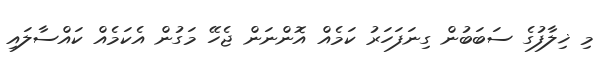
މި ޚިލާފުގެ ސަބަބުން ގިނަފަހަރު ކަމެއް އޮންނަން ޖެހޭ މަގުން އެކަމެއް ކައްސާލައި